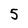
Character: 5